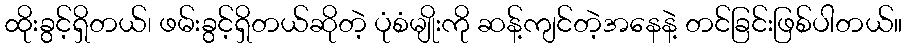
ထိုးခွင့်ရှိတယ်၊ ဖမ်းခွင့်ရှိတယ်ဆိုတဲ့ ပုံစံမျိုးကို ဆန့်ကျင်တဲ့အနေနဲ့ တင်ခြင်းဖြစ်ပါတယ်။